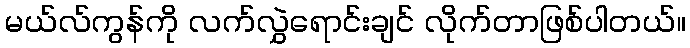
မယ်လ်ကွန်ကို လက်လွှဲရောင်းချင် လိုက်တာဖြစ်ပါတယ်။